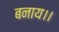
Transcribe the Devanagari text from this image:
बनाय।।